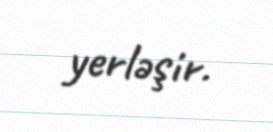
yerləşir.